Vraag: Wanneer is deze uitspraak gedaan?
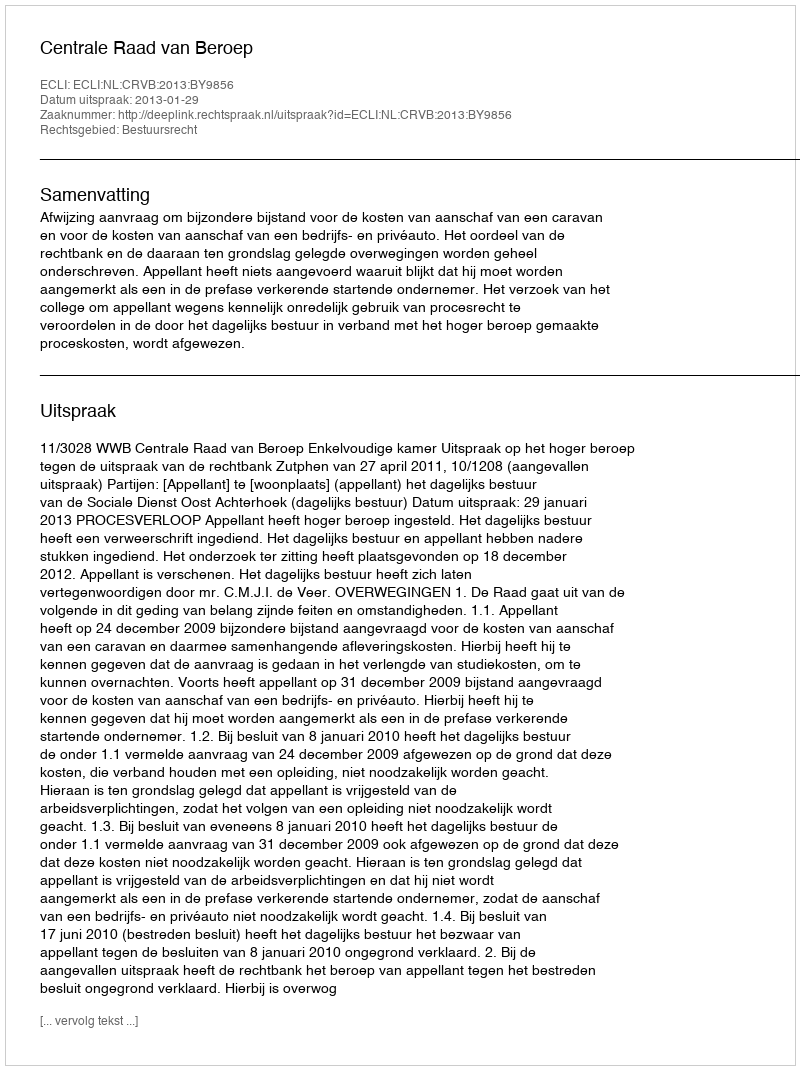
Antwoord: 2013-01-29